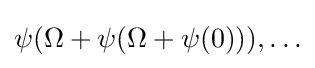
\psi (\Omega +\psi (\Omega +\psi (0))),\ldots